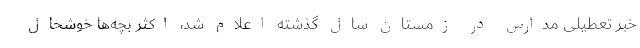
خبر تعطیلی مدارس در زمستان سال گذشته اعلام شد، اکثر بچه‌ها خوشحال